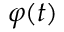
\varphi ( t )